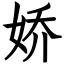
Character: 娇